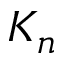
K _ { n }